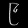
Digit: ၉